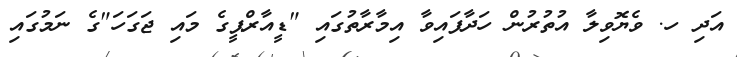
އަދި ހ. ވެޔޮވިލާ އުތުރުން ހަދާފައިވާ އިމާރާތުގައި "ޑީއާރްޕީގެ މައި ޖަގަހަ"ގެ ނަމުގައި